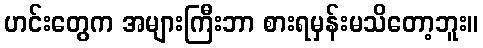
ဟင်းတွေက အများကြီးဘာ စားရမှန်းမသိတော့ဘူး။